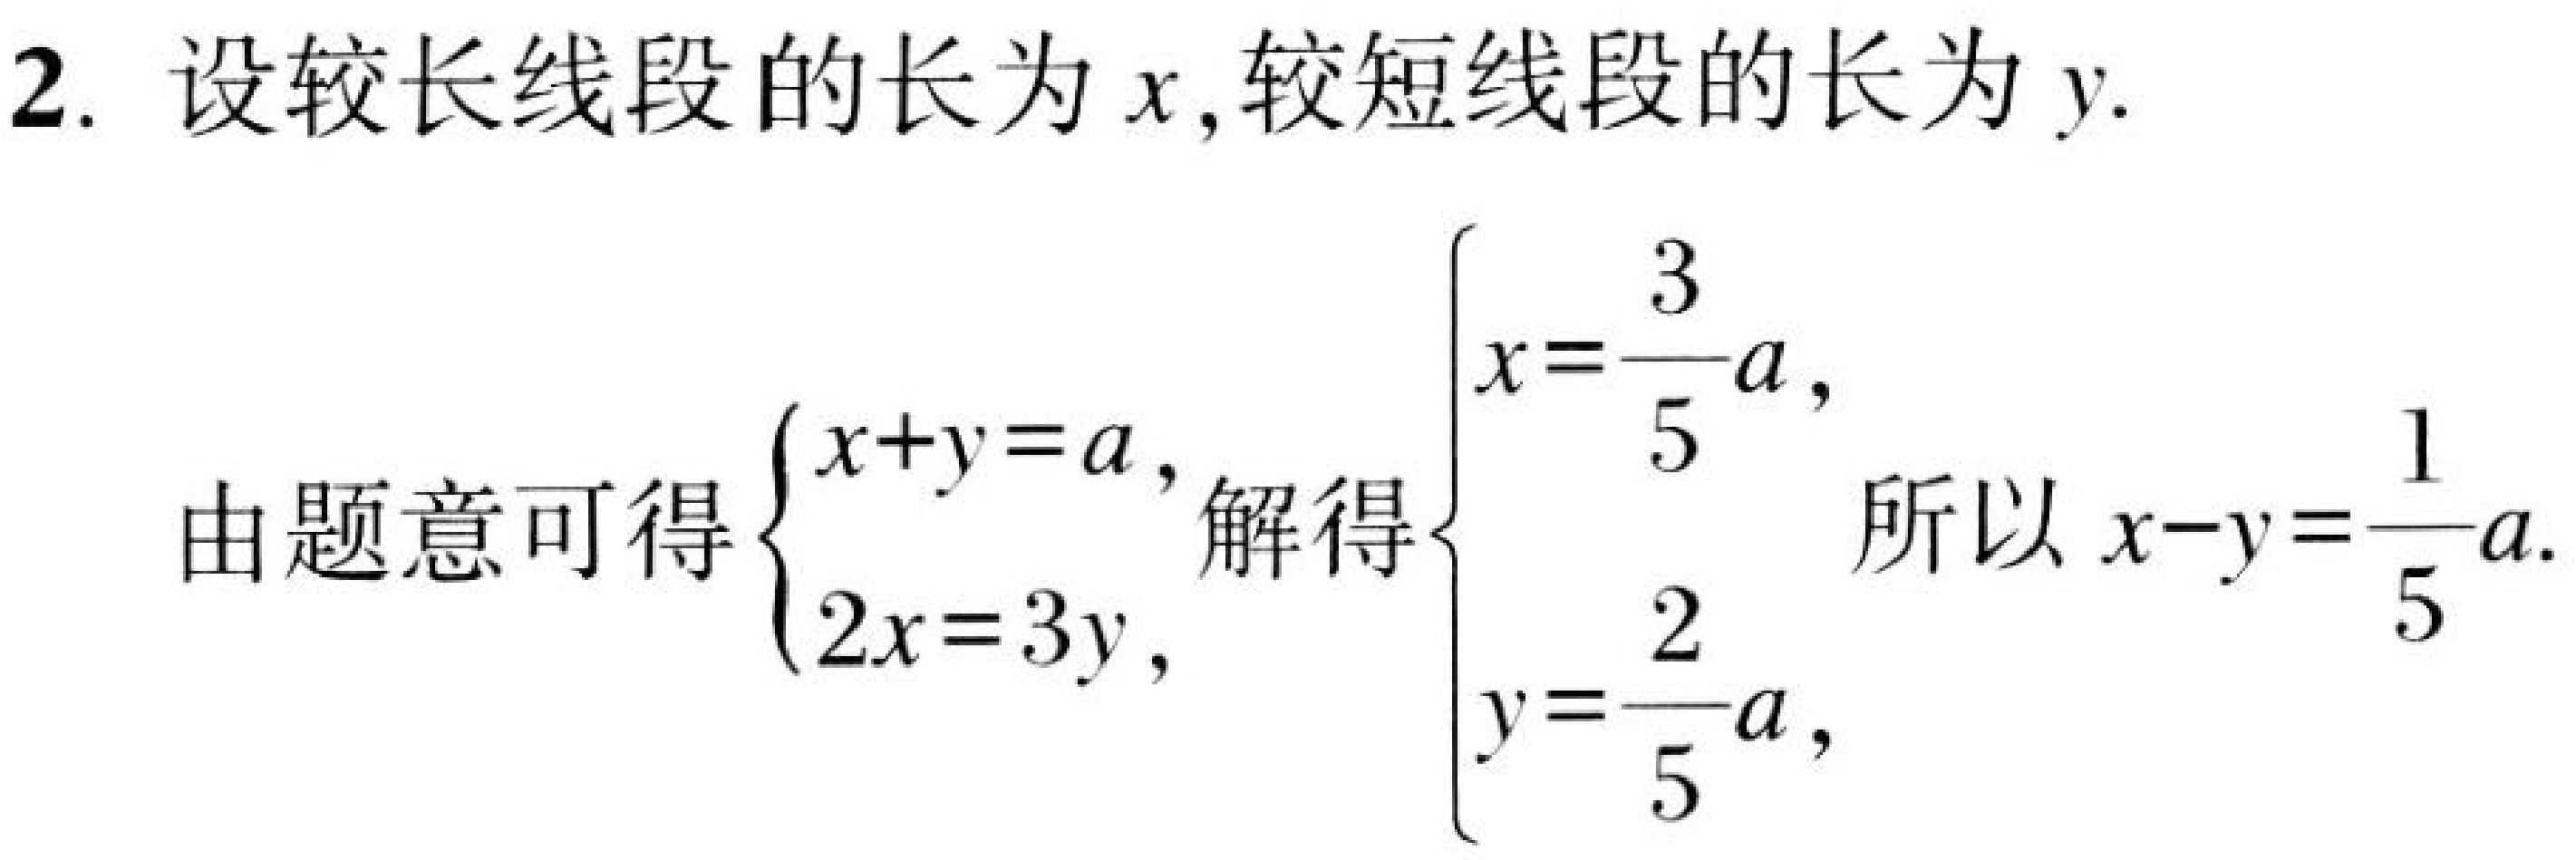
2. 设较长线段的长为\(x\),较短线段的长为\(y\).
由题意可得\(\begin{cases}x + y = a,\\2x = 3y,\end{cases}\)解得\(\begin{cases}x=\dfrac{3}{5}a,\\y=\dfrac{2}{5}a,\end{cases}\) 所以\(x - y=\dfrac{1}{5}a\).